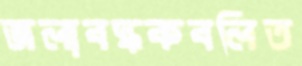
জলাবদ্ধকবলিত